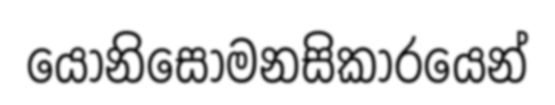
යෝනිසෝමනසිකාරයෙන්